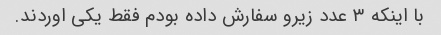
با اینکه ۳ عدد زیرو سفارش داده بودم فقط یکی اوردند.